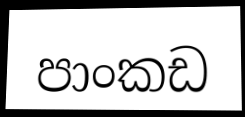
පාංකඩ